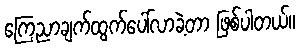
ကြေညာချက်ထွက်ပေါ်လာခဲ့တာ ဖြစ်ပါတယ်။